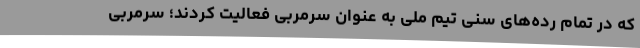
که در تمام رده‌های سنی تیم ملی به عنوان سرمربی فعالیت کردند؛ سرمربی